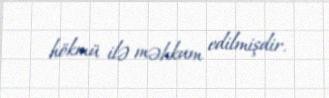
hökmü ilə məhkum edilmişdir.